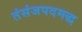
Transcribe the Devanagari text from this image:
तंसंजपदमद्ध